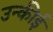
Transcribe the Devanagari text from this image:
उन्कीई